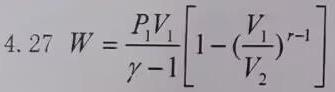
\[ 4.27\ W = \frac{P_1V_1}{\gamma - 1}\left[1 - \left(\frac{V_1}{V_2}\right)^{r - 1}\right] \]